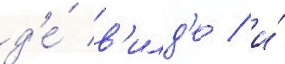
д'е́ в'илд'е / и́